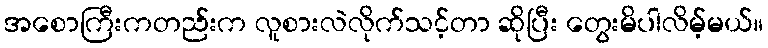
အစောကြီးကတည်းက လူစားလဲလိုက်သင့်တာ ဆိုပြီး တွေးမိပါလိမ့်မယ်။